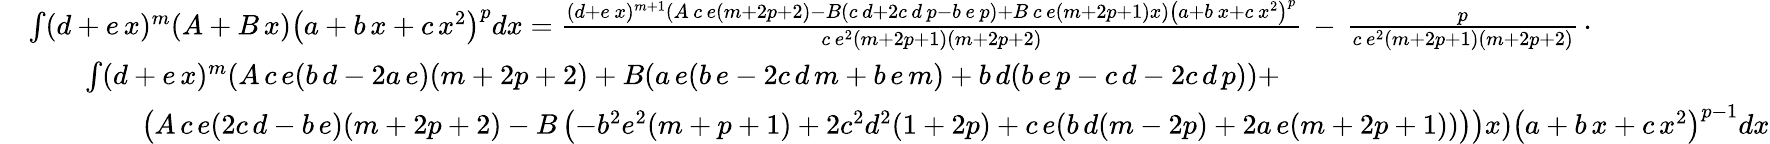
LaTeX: {\begin{array}{rl}&{\int(d+e\, x)^{m}(A+B\, x)\left(a+b\, x+c\, x^{2}\right)^{p}dx={\frac{(d+e\, x)^{m+1}(A\, c\, e(m+2p+2)-B(c\, d+2c\, d\, p-b\, e\, p)+B\, c\, e(m+2p+1)x)\left(a+b\, x+c\, x^{2}\right)^{p}}{c\, e^{2}(m+2p+1)(m+2p+2)}}\, -\, {\frac{p}{c\, e^{2}(m+2p+1)(m+2p+2)}}\, \cdot}\\ &{\qquad\int(d+e\, x)^{m}(A\, c\, e(b\, d-2a\, e)(m+2p+2)+B(a\, e(b\, e-2c\, d\, m+b\, e\, m)+b\, d(b\, e\, p-c\, d-2c\, d\, p))+}\\ &{\qquad\qquad\left(A\, c\, e(2c\, d-b\, e)(m+2p+2)-B\left(-b^{2}e^{2}(m+p+1)+2c^{2}d^{2}(1+2p)+c\, e(b\, d(m-2p)+2a\, e(m+2p+1))\right)\right)x)\left(a+b\, x+c\, x^{2}\right)^{p-1}dx}\end{array}}